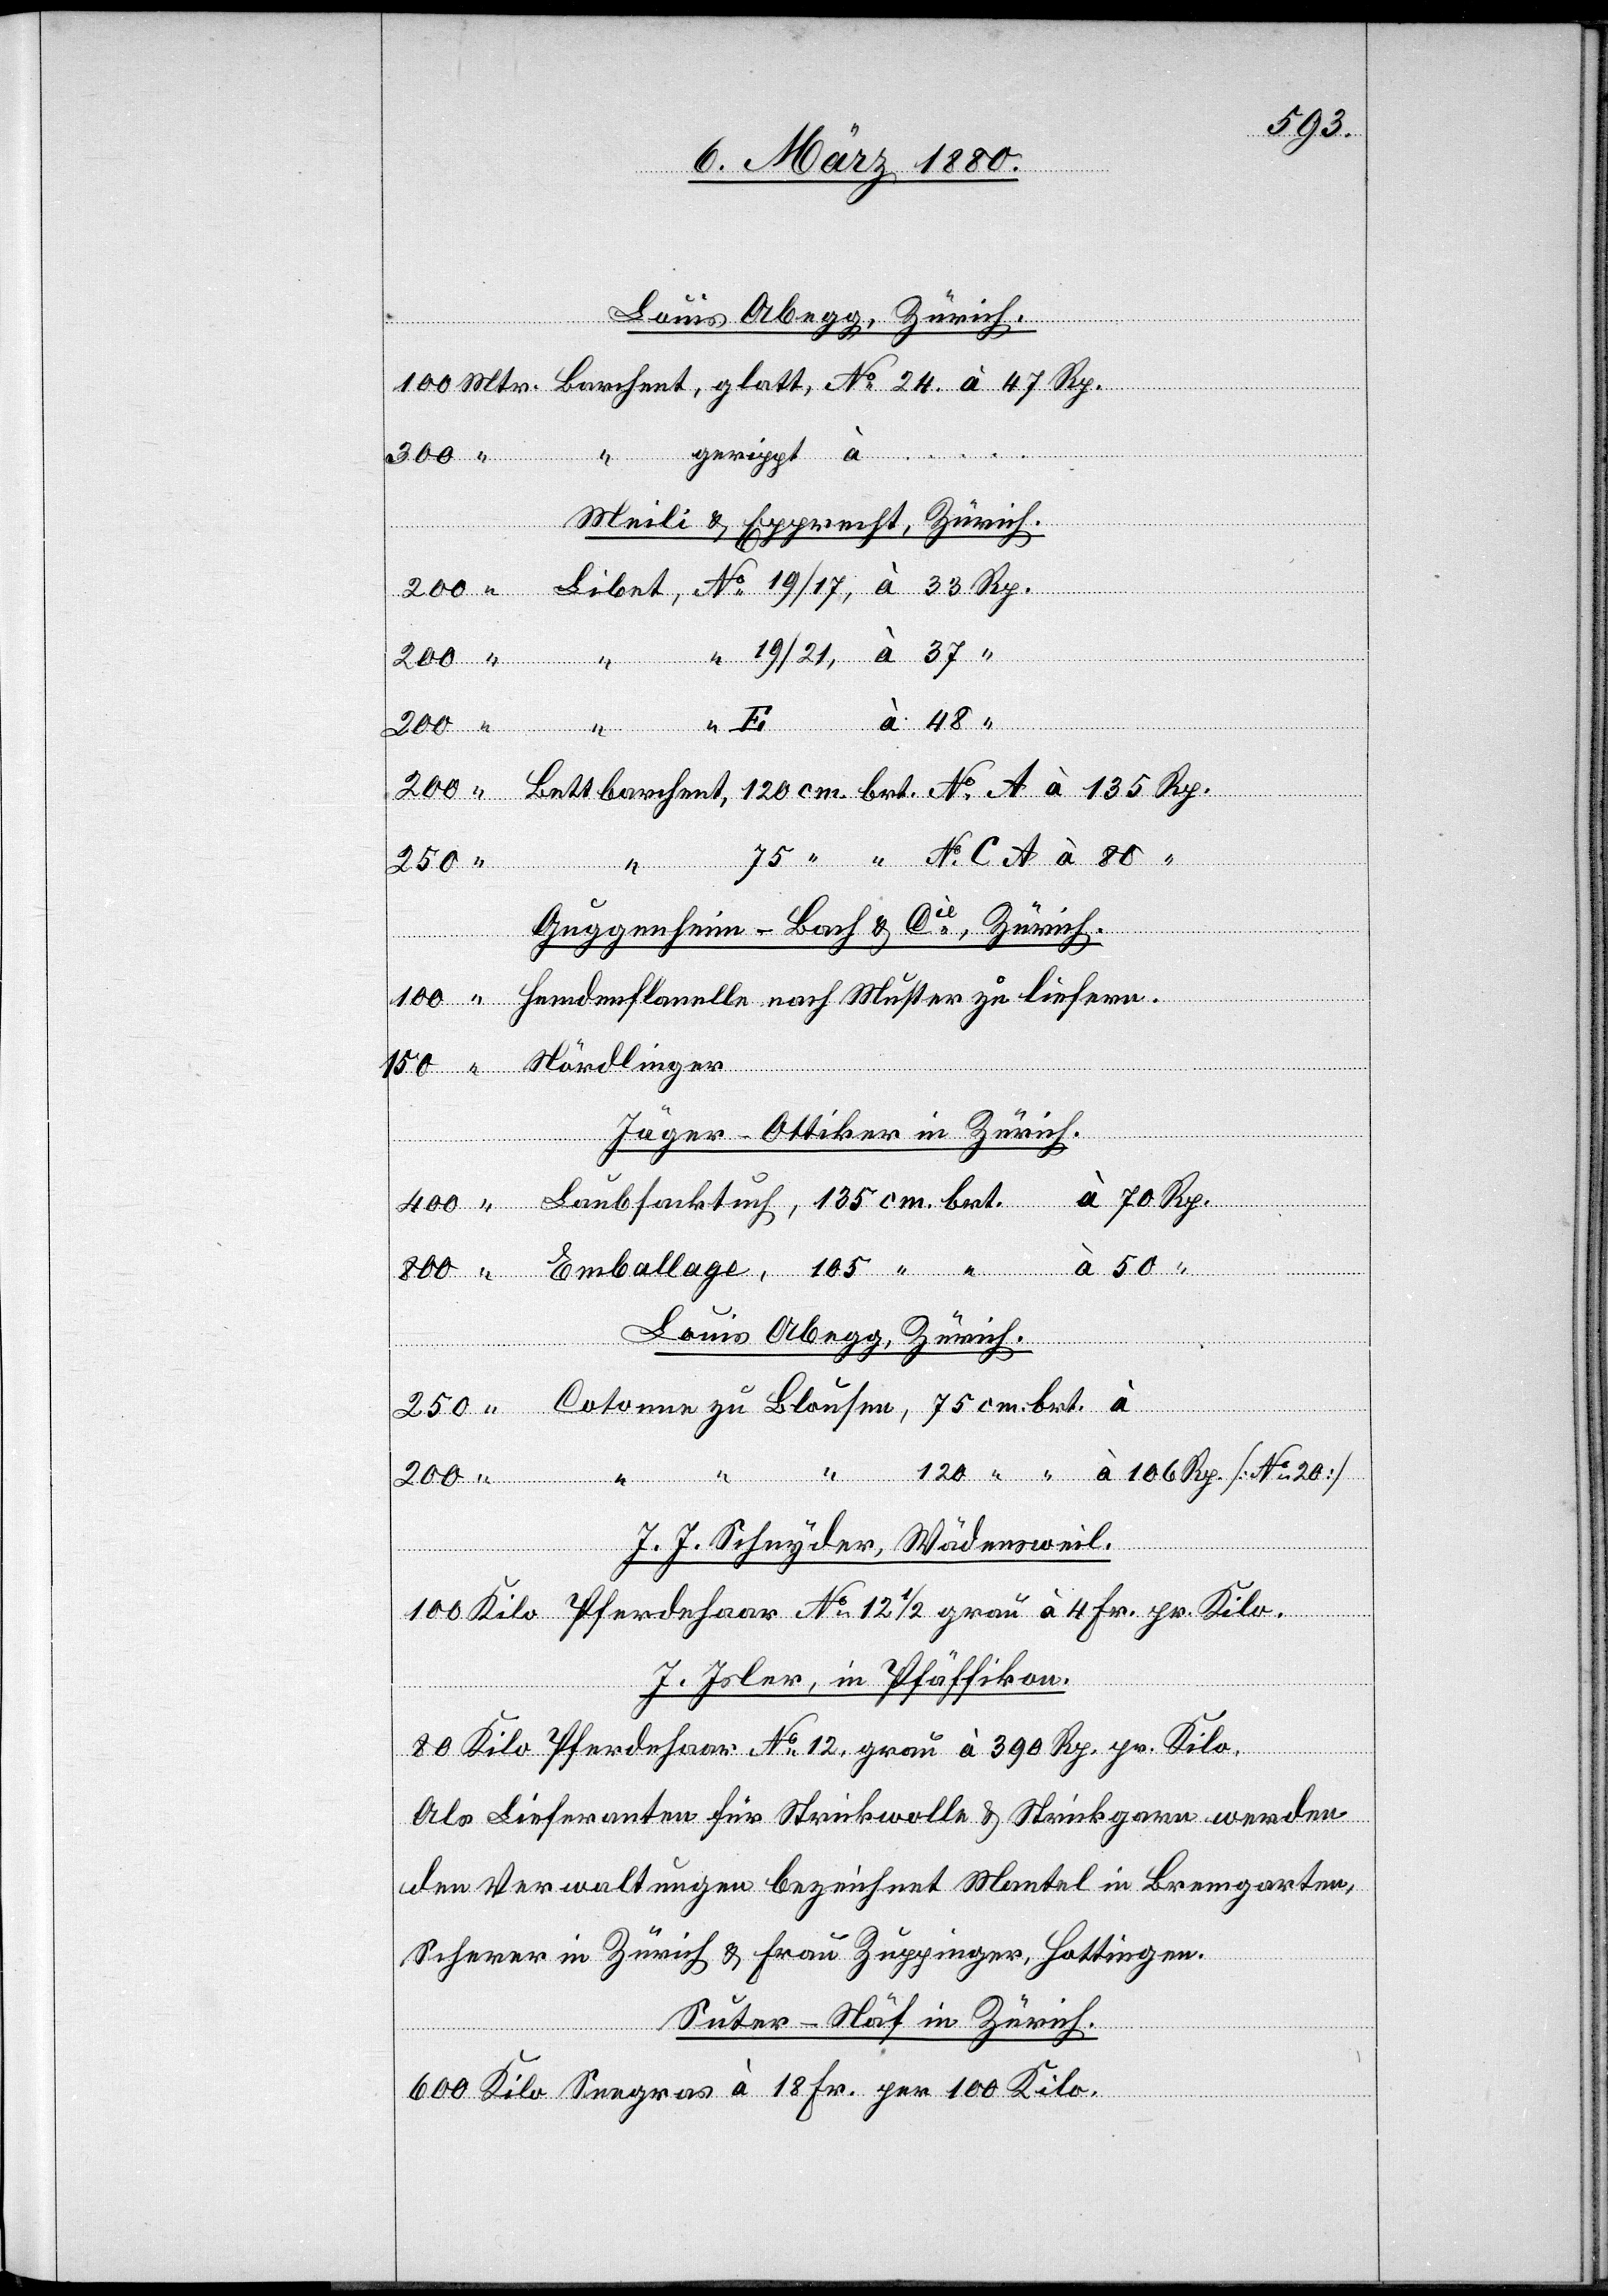
Meili & Epprecht, Zürich.
33
cm
50
75 “
Guggenheim-Bach & Cie, in Zürich.
bal¬
Jäger-Ottiker in Zürich.
Louis Abegg, Zürich.
liefern
J. J. Schnyder, Wädensweil.
100 Kilo Pferdehaar No 12 1/2 grau à 4 Fr. pr. Kilo.
“
J. Isler, in Pfäffikon
lage,
80 Kilo Pferdehaar No 12 grau à 390 Rp. pr. Kilo.
Als Lieferanten für Strickwolle & Strickgarn werden
den Verwaltungen bezeichnet Mantel in Bremgarten,
Scherer in Zürich & Frau Zuppinger, Hottingen.
Suter-Näf in Zürich.
600 Kilo Seegras à 18 Fr. per 100 Kilo.